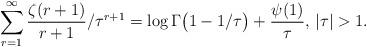
LaTeX: \begin{align*}\sum\limits_{r=1}^\infty \frac{\zeta(r+1)}{r+1}/\tau^{r+1} =\log\Gamma\bigl(1-1/\tau\bigr)+\frac{\psi(1)}{\tau}, \, |\tau|>1.\end{align*}